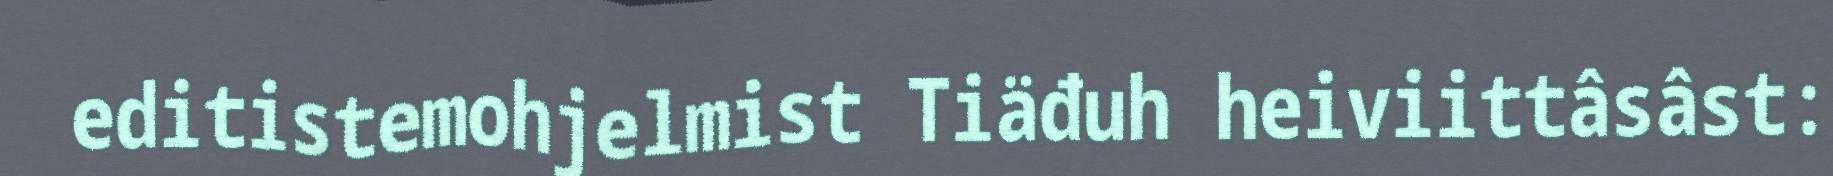
editistemohjelmist Tiäđuh heiviittâsâst: